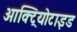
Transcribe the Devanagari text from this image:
आक्ट्रियोटाइड